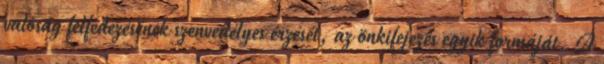
valóság felfedezésének szenvedélyes érzését, az önkifejezés egyik formáját. A